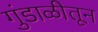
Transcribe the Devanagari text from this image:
गुंडाळीतून